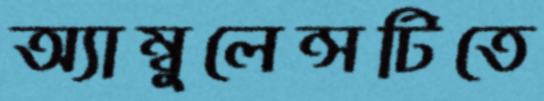
অ্যাম্বুলেন্সটিতে